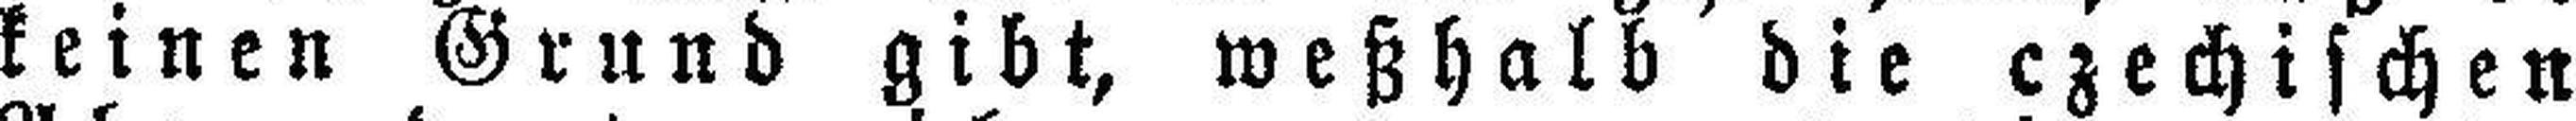
keinen Grund gibt, weßhalb die czechischen